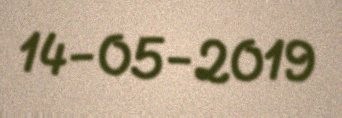
14-05-2019